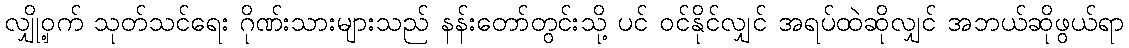
လျှို့ဝှက် သုတ်သင်ရေး ဂိုဏ်းသားများသည် နန်းတော်တွင်းသို့ ပင် ဝင်နိုင်လျှင် အရပ်ထဲဆိုလျှင် အဘယ်ဆိုဖွယ်ရာ